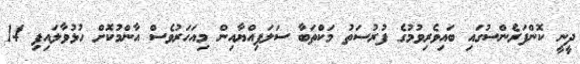
ދީނީ ކޮންފަރެންސުގައި ބައިވެރިވުމުގެ ފުރުސަތު މަކްތަބާ ސަލަފިއްޔާއިން މިއަހަރުވެސް އާންމުކޮށް ހުޅުވާލައިފި 14